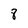
Character: 8